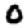
Digit: 0